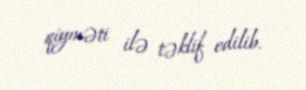
qiyməti ilə təklif edilib.